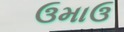
ઉમાઉ